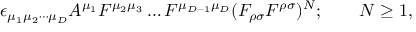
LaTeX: \epsilon _ { \mu _ { 1 } \mu _ { 2 } \cdots \mu _ { D } } A ^ { \mu _ { 1 } } F ^ { \mu _ { 2 } \mu _ { 3 } } \ldots F ^ { \mu _ { D - 1 } \mu _ { D } } ( F _ { \rho \sigma } F ^ { \rho \sigma } ) ^ { N } ; \qquad N \geq 1 ,